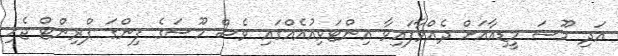
އަދި މޫސަ މީޑިއާއަށް ދެއްވާފައިވާ އިންޓަވިއުއެއްގައި ވެސް މޫސަގެ ފިންގަ ޕްރިންޓް ޖެހި